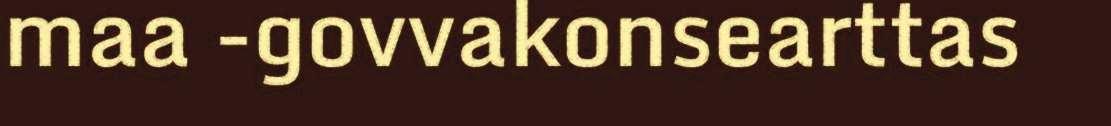
maa -govvakonsearttas